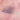
لقد